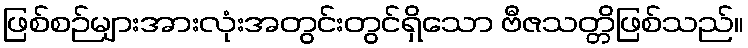
ဖြစ်စဉ်များအားလုံးအတွင်းတွင်ရှိသော ဗီဇသတ္တိဖြစ်သည်။